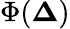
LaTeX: \Phi(\boldsymbol\Delta)